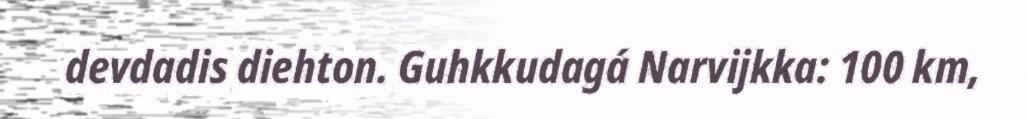
devdadis diehton. Guhkkudagá Narvijkka: 100 km,